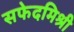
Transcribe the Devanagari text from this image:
सफेदमिश्री